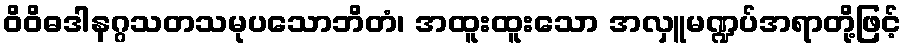
ဝိဝိဓဒါနဂ္ဂသတသမုပသောဘိတံ၊ အထူးထူးသော အလှူမဏ္ဍပ်အရာတို့ဖြင့်